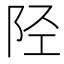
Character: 陉